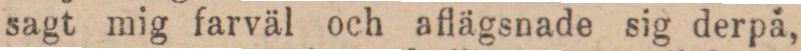
sagt mig farväl och aflägsnade sig derpä,